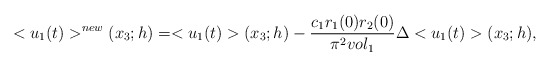
\begin{align*}<u_1(t)>^{new}(x_3;h)&=<u_1(t)>(x_3;h)-\frac{c_1 r_1 (0) r_2 (0)}{\pi^2 vol_1} \Delta <u_1(t)>(x_3;h), \end{align*}